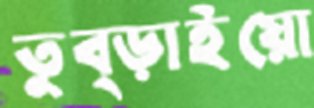
তুব্‌ড়াইয়ো